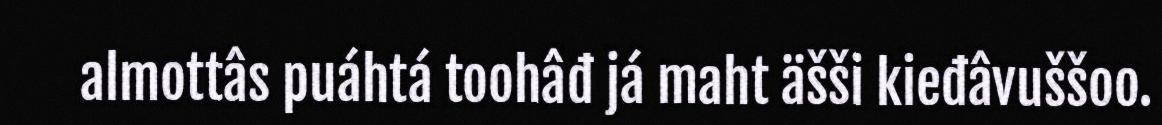
almottâs puáhtá toohâđ já maht äšši kieđâvuššoo.